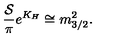
{ \frac { \cal S } { \pi } } e ^ { K _ { H } } \cong m _ { 3 / 2 } ^ { 2 } .